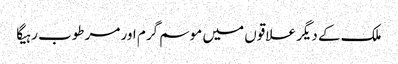
ملک کے دیگر علاقوں میں موسم گرم اور مرطوب رہیگا